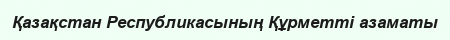
Қазақстан Республикасының Құрметті азаматы